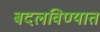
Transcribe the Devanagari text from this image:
बदलविण्यात